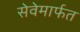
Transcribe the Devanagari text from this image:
सेवेमार्फत